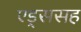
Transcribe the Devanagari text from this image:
एड्ससह